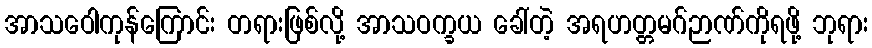
အာသဝေါကုန်ကြောင်း တရားဖြစ်လို့ အာသဝက္ခယ ခေါ်တဲ့ အရဟတ္တမဂ်ဉာဏ်ကိုရဖို့ ဘုရား